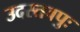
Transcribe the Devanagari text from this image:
उदस्तवपुः